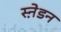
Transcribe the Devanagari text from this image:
स्ने़डन